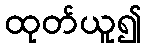
ထုတ်ယူ၍